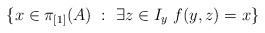
LaTeX: \begin{align*}\{ x \in \pi_{[1]}(A) \ : \ \exists z \in I_y \ f(y,z) = x\}\end{align*}